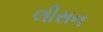
લીસન